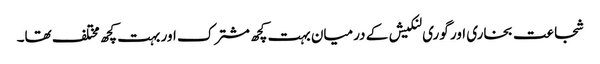
شجاعت بخاری اور گوری لنکیش کے درمیان بہت کچھ مشترک اور بہت کچھ مختلف تھا۔